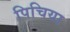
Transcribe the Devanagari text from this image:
पिचिया